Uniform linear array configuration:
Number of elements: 64
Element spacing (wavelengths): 0.5
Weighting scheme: hann
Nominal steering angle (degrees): -15
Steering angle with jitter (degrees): -13.302
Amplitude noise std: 0.05
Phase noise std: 0.05

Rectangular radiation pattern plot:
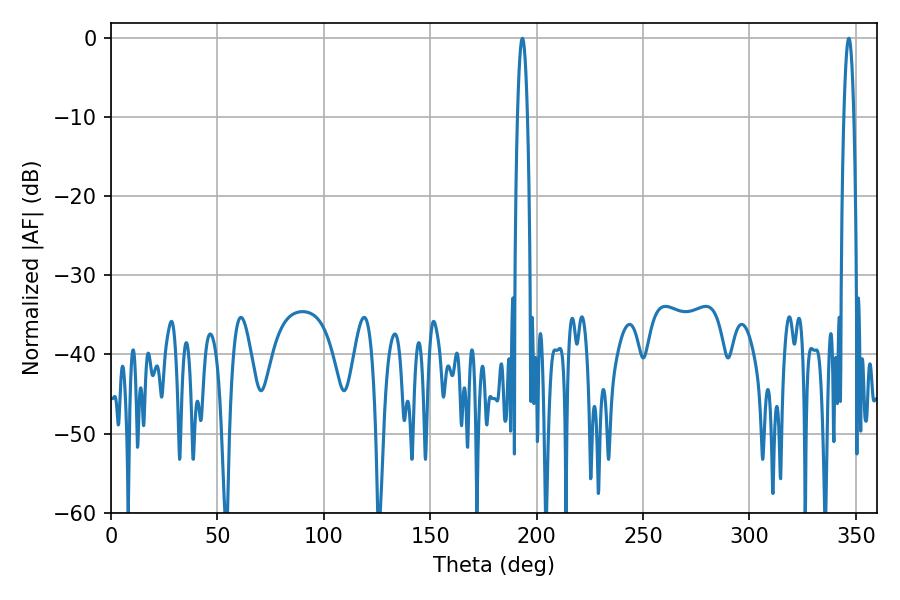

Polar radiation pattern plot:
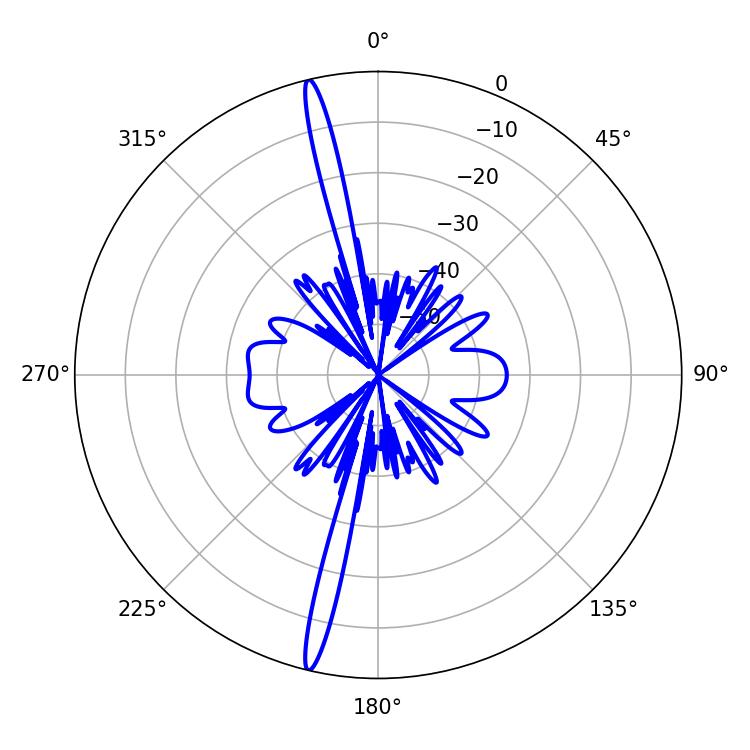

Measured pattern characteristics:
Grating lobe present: FALSE
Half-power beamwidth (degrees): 2.52
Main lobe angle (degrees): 193.32